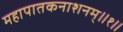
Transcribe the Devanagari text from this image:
महापातकनाशनम्‌॥१॥